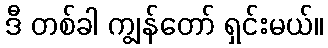
ဒီ တစ်ခါ ကျွန်တော် ရှင်းမယ်။